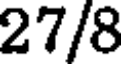
27/8